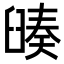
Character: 𦦅